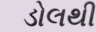
ડોલથી